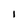
Character: I